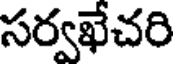
సర్వఖేచరి